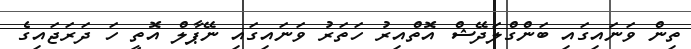
ތިން ވަނައިގައި ބަންގްލަދޭޝް އޮތްއިރު ހަތަރު ވަނައިގައި ނޭޕާލް އޮތީ ހަ ދަރަޖައިގެ